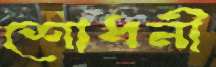
শোধনী